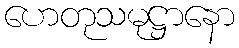
ဟေတုသမုဋ္ဌာနော